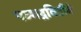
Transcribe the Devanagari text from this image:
पञ्चद्रविडौंमे